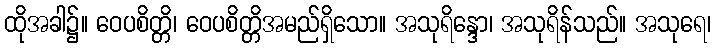
ထိုအခါ၌။ ဝေပစိတ္တိ၊ ဝေပစိတ္တိအမည်ရှိသော။ အသုရိန္ဒော၊ အသုရိန်သည်။ အသုရေ၊